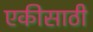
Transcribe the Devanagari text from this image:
एकीसाठी